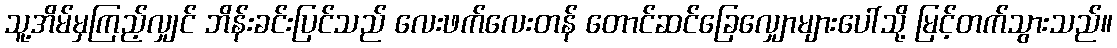
သူ့အိမ်မှကြည့်လျှင် ဘိန်းခင်းပြင်သည် လေးဖက်လေးတန် တောင်ဆင်ခြေလျှောများပေါ်သို့ မြင့်တက်သွားသည်။